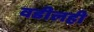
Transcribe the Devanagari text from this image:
वडीलही